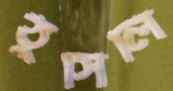
ঠুসিলি